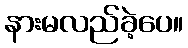
နားမလည်ခဲ့ပေ။